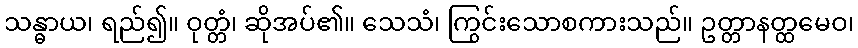
သန္ဓာယ၊ ရည်၍။ ဝုတ္တံ၊ ဆိုအပ်၏။ သေသံ၊ ကြွင်းသောစကားသည်။ ဥတ္တာနတ္ထမေဝ၊